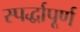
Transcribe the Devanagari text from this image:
स्पर्द्धापूर्ण